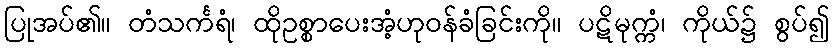
ပြုအပ်၏။ တံသင်္ကရံ၊ ထိုဥစ္စာပေးအံ့ဟုဝန်ခံခြင်းကို။ ပဋိမုက္ကံ၊ ကိုယ်၌ စွပ်၍